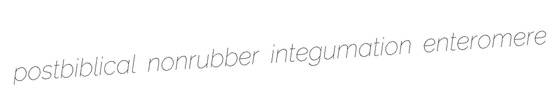
postbiblical nonrubber integumation enteromere